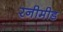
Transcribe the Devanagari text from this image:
रनीमीड